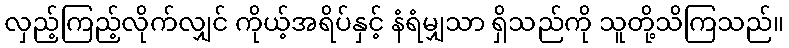
လှည့်ကြည့်လိုက်လျှင် ကိုယ့်အရိပ်နှင့် နံရံမျှသာ ရှိသည်ကို သူတို့သိကြသည်။